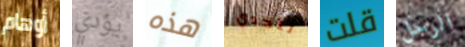
أوهام يؤدي هذه لتحدي قلت الرجل